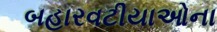
બહારવટીયાઓના